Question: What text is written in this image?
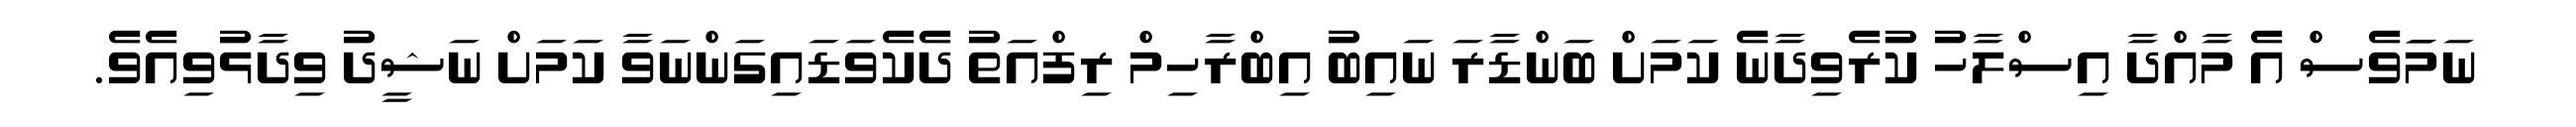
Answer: ނަމަަވެސް އެ މާއްދާ އިސްލާހު ކުރެވިދާނެ ކަމަށް ބަންޑާރަ ނައިބު އިބްރާހިމް ރިފްއަތު ދެކެވަޑައިގަންނަވާ ކަމަށް ނަޝީދު ވިދާޅުވިއެވެ.